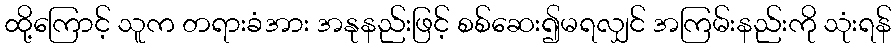
ထို့ကြောင့် သူက တရားခံအား အနုနည်းဖြင့် စစ်ဆေး၍မရလျှင် အကြမ်းနည်းကို သုံးရန်